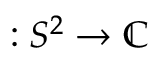
: S ^ { 2 } \to \mathbb { C }